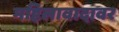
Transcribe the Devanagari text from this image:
महिलावादावर